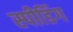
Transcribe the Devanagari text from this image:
स्‍पीडिंग